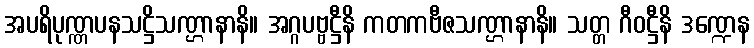
အပရိပုဏ္ဏပနသဋ္ဌိသဏ္ဌာနာနိ။ အဂ္ဂပဗ္ဗဋ္ဌီနိ ကတကဗီဇသဏ္ဌာနာနိ။ သတ္တ ဂီဝဋ္ဌီနိ ဒဏ္ဍေန